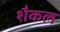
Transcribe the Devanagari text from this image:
शैकल